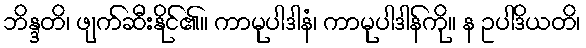
ဘိန္ဒတိ၊ ဖျက်ဆီးနိုင်၏။ ကာမုပါဒါနံ၊ ကာမုပါဒါန်ကို။ န ဥပါဒိယတိ၊